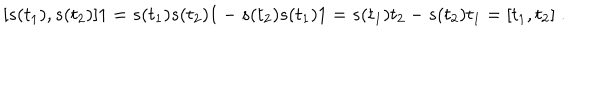
[ s ( t _ { 1 } ) , s ( t _ { 2 } ) ] 1 = s ( t _ { 1 } ) s ( t _ { 2 } ) 1 - s ( t _ { 2 } ) s ( t _ { 1 } ) 1 = s ( t _ { 1 } ) t _ { 2 } - s ( t _ { 2 } ) t _ { 1 } = [ t _ { 1 } , t _ { 2 } ] \; .